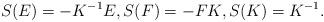
LaTeX: \begin{gather*}S(E)=-K^{-1} E,S(F)=-FK,S(K)=K^{-1}.\end{gather*}